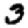
Digit: 3